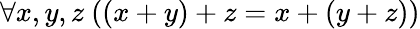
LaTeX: \forall x,y,z\ ((x+y)+z=x+(y+z))